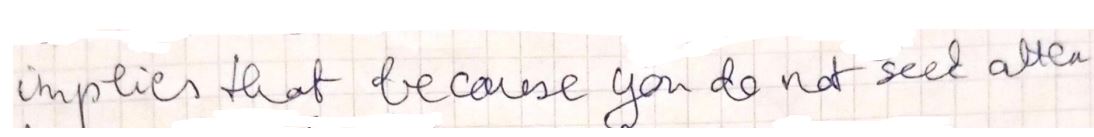
implies that because you do not seek after